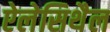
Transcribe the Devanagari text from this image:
ऐलेसिथैल